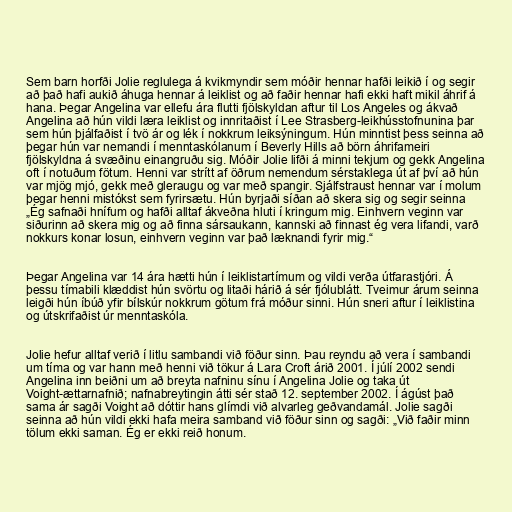
Sem barn horfði Jolie reglulega á kvikmyndir sem móðir hennar hafði leikið í og segir
að það hafi aukið áhuga hennar á leiklist og að faðir hennar hafi ekki haft mikil áhrif á
hana. Þegar Angelina var ellefu ára flutti fjölskyldan aftur til Los Angeles og ákvað
Angelina að hún vildi læra leiklist og innritaðist í Lee Strasberg-leikhússtofnunina þar
sem hún þjálfaðist í tvö ár og lék í nokkrum leiksýningum. Hún minntist þess seinna að
þegar hún var nemandi í menntaskólanum í Beverly Hills að börn áhrifameiri
fjölskyldna á svæðinu einangruðu sig. Móðir Jolie lifði á minni tekjum og gekk Angelina
oft í notuðum fötum. Henni var strítt af öðrum nemendum sérstaklega út af því að hún
var mjög mjó, gekk með gleraugu og var með spangir. Sjálfstraust hennar var í molum
þegar henni mistókst sem fyrirsætu. Hún byrjaði síðan að skera sig og segir seinna
„Ég safnaði hnífum og hafði alltaf ákveðna hluti í kringum mig. Einhvern veginn var
siðurinn að skera mig og að finna sársaukann, kannski að finnast ég vera lifandi, varð
nokkurs konar losun, einhvern veginn var það læknandi fyrir mig.“

Þegar Angelina var 14 ára hætti hún í leiklistartímum og vildi verða útfarastjóri. Á
þessu tímabili klæddist hún svörtu og litaði hárið á sér fjólublátt. Tveimur árum seinna
leigði hún íbúð yfir bílskúr nokkrum götum frá móður sinni. Hún sneri aftur í leiklistina
og útskrifaðist úr menntaskóla.

Jolie hefur alltaf verið í litlu sambandi við föður sinn. Þau reyndu að vera í sambandi
um tíma og var hann með henni við tökur á Lara Croft árið 2001. Í júlí 2002 sendi
Angelina inn beiðni um að breyta nafninu sínu í Angelina Jolie og taka út
Voight-ættarnafnið; nafnabreytingin átti sér stað 12. september 2002. Í ágúst það
sama ár sagði Voight að dóttir hans glímdi við alvarleg geðvandamál. Jolie sagði
seinna að hún vildi ekki hafa meira samband við föður sinn og sagði: „Við faðir minn
tölum ekki saman. Ég er ekki reið honum.